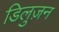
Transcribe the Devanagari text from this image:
डिलुज़न